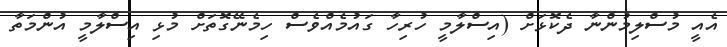
އެއީ މުސްލިމުންނާ ދެކޮޅަށް (އިސްލާމީ ހުރިހާ ގައުމެއްވެސް ހިމެނޭގޮތަށް މުޅި އިސްލާމީ އުންމަތާ